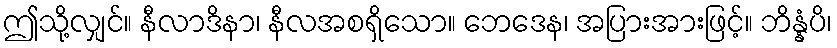
ဤသို့လျှင်။ နီလာဒိနာ၊ နီလအစရှိသော။ ဘေဒေန၊ အပြားအားဖြင့်။ ဘိန္နံပိ၊